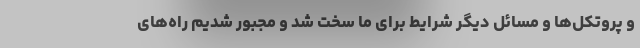
و پروتکل‌ها و مسائل دیگر شرایط برای ما سخت شد و مجبور شدیم راه‌های